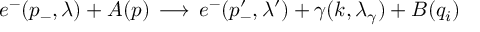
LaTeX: e ^ { - } ( p _ { - } , \lambda ) + A ( p ) \, \longrightarrow \, e ^ { - } ( p _ { - } ^ { \prime } , \lambda ^ { \prime } ) + \gamma ( k , \lambda _ { \gamma } ) + B ( q _ { i } )